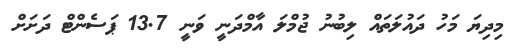
މިދިޔަ މަހު ދައުލަތައް ލިބުނު ޖުމްލަ އާމްދަނީ ވަނީ 13.7 ޕަސެންޓް ދަށަށް